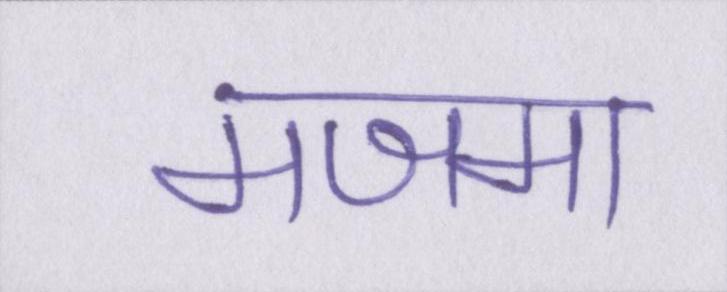
मजमा